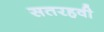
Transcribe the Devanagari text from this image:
सतरहवी